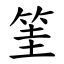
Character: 筀